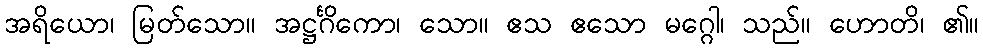
အရိယော၊ မြတ်သော။ အဋ္ဌင်္ဂိကော၊ သော။ ဧသ ဧသော မဂ္ဂေါ၊ သည်။ ဟောတိ၊ ၏။